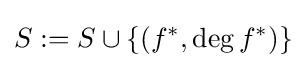
S:=S\cup \{(f^{*},\deg f^{*})\}